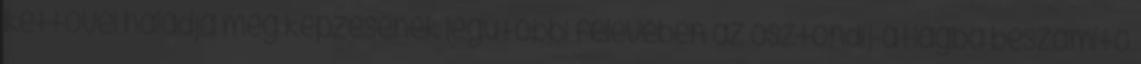
kettővel haladja meg képzésének legutóbbi félévében az ösztöndíj-átlagba beszámító